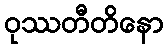
ဝုဿတီတိနော